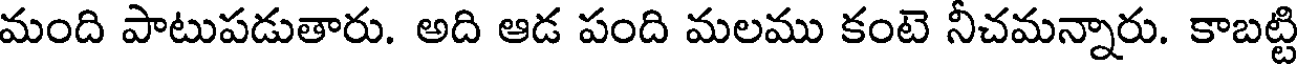
మంది పాటుపడుతారు. అది ఆడ పంది మలము కంటె నీచమన్నారు. కాబట్టి